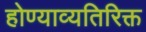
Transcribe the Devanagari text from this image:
होण्याव्यतिरिक्त